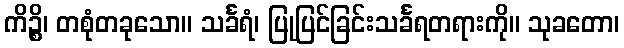
ကိဉ္စိ၊ တစုံတခုသော။ သင်္ခရံ၊ ပြုပြင်ခြင်းသင်္ခရတရားကို။ သုခတော၊